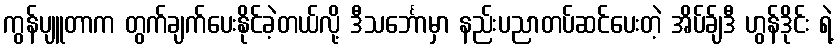
ကွန်ပျူတာက တွက်ချက်ပေးနိုင်ခဲ့တယ်လို့ ဒီသင်္ဘောမှာ နည်းပညာတပ်ဆင်ပေးတဲ့ အိပ်ခ်ျဒီ ဟွန်ဒိုင်း ရဲ့